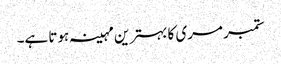
ستمبر مری کا بہترین مہینہ ہوتا ہے۔